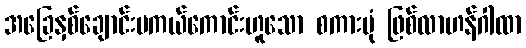
အခြေနှစ်ချောင်းမကယ်ကောင်းဟူသော စကားပုံ ဖြစ်လာဟန်ဂါထာ